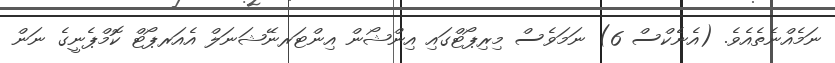
ނަމެއްނެތެއެވެ. (އެނެކްސް 6) ނަމަވެސް މިރިޕޯޓްގައި އިންޝޯން އިންޓަރނޭޝަނަލް އެއަރޕޯޓް ކޮމްޕެނީގެ ނަން